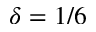
\delta = 1 / 6